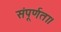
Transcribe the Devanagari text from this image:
संपूर्णता।